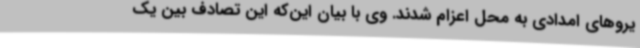
یروهای امدادی به محل اعزام شدند. وی با بیان این‌که این تصادف بین یک